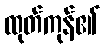
ထုတ်ကုန်၏